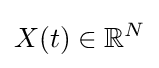
X(t)\in \mathbb {R} ^{N}